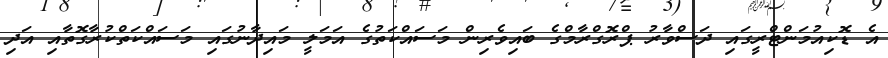
އެ ޑޮކިއުމަންޓްރީގައި ދަސްވާރު ޕްރޮގްރާމްގެ ބައިވެރިން މަސައްކަތުގެ އަމަލީ މައިދާނުގައި މަސައްކަތްކުރާގޮތާއި އަދި